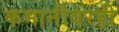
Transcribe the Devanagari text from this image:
कमानीवरही